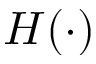
H ( \cdot )